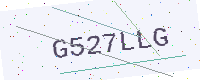
Text: G527LLG